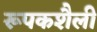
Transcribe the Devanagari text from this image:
रूपकशैली